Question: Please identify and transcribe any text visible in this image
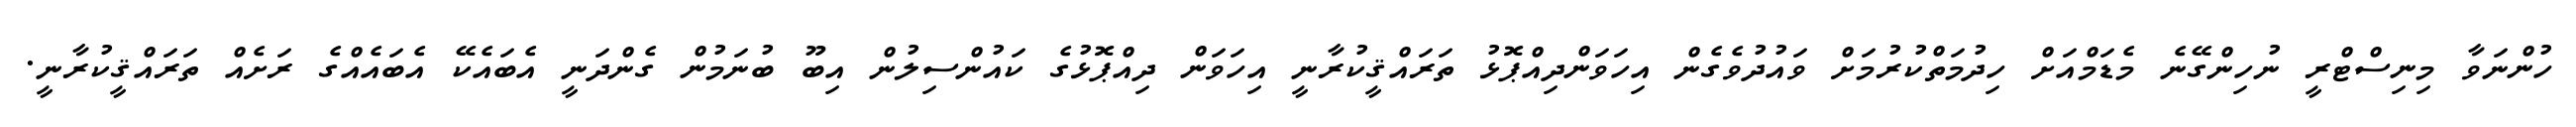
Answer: ހުންނަވާ މިނިސްޓްރީ ނުހިންގޭނެ މެޑަމްއަށް ހިދުމަތްކުރުމަށް ވައުދުވެގެން އިހަވަންދިއްޕޮޅު ތަރައްޤީކުރާނީ އިހަވަން ދިއްޕޮޅުގެ ކައުންސިލުން އިބޫ ބުނަމުން ގެންދަނީ އެބައެކޭ އެބައެއްގެ ރަށެއް ތަރައްޤީކުރާނީ.